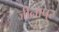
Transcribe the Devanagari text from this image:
जीनापुर